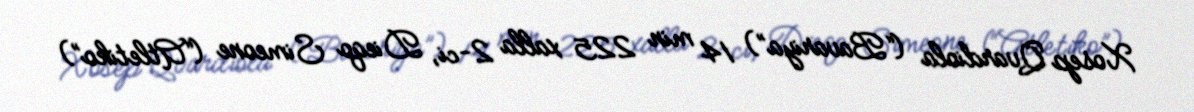
Xosep Qvardiola (“Bavariya”) 14 min 225 xalla 2-ci, Dieqo Simeone (“Atletiko”)